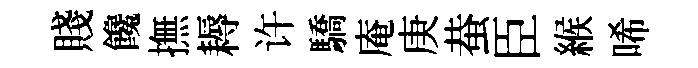
賤饞撫耨许驕庵庚蛬臣緱唏